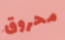
محروق